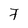
Character: 7